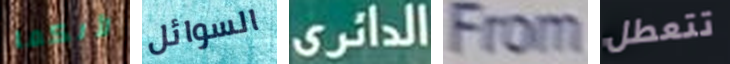
لأنكما السوائل الدائري From تتعطل